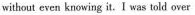
without even knowing it.I was told over